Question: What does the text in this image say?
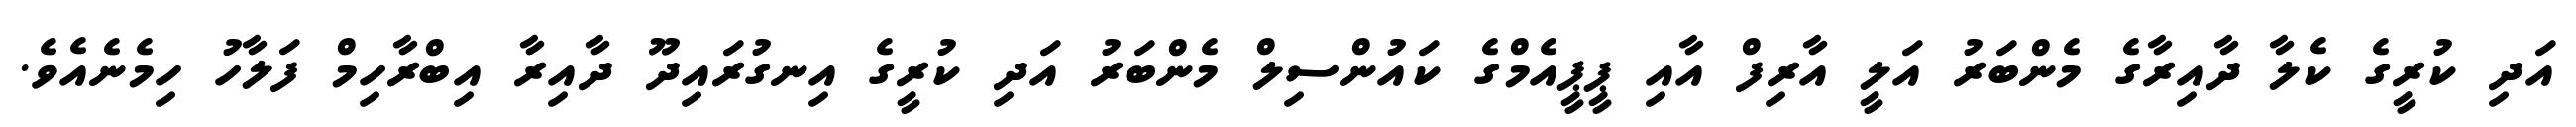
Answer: އަދި ކުރީގެ ކެލާ ދާއިރާގެ މެންބަރު އަލީ އާރިފް އާއި ޕީޕީއެމްގެ ކައުންސިލް މެންބަރު އަދި ކުރީގެ އިނގުރައިދޫ ދާއިރާ އިބްރާހިމް ފަލާހު ހިމެނެއެވެ.